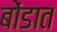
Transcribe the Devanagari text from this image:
बोंडात